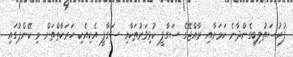
ފުރުސަތުލިބިގެންދާނެ ކަމަށާއި ރާއްޖޭގެ ސަގާފީ ކުޅިވަރުތަކާއި ސަގާފީ އެކިއެކި ހަރަކާތްތަށް މި ކޭންޕުގައި